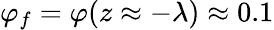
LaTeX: \varphi_{f}=\varphi(z\approx-\lambda)\approx 0.1